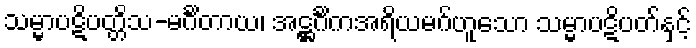
သမ္မာပဋိပတ္တိသ-မင်္ဂိတာယ၊ အဋ္ဌင်္ဂိကအရိယမဂ်ဟူသော သမ္မာပဋိပတ်နှင့်